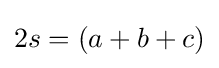
2s=(a+b+c)